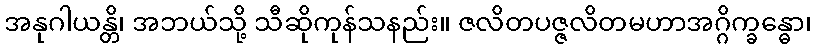
အနုဂါယန္တိ၊ အဘယ်သို့ သီဆိုကုန်သနည်း။ ဇလိတပဇ္ဇလိတမဟာအဂ္ဂိက္ခန္ဓော၊